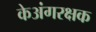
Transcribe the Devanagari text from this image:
केअंगरक्षक